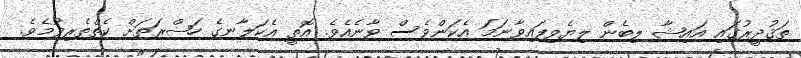
ތަޤުދީރުގައި އައިޝާ ލިބެން ލިޔެވިފައިވާނަމަ އެކަންވެސް ވާނެއެވެ. އޮތީ އެކަލާނގެ ހަޟްރަތަށް ކެތްތެރިވުމެެވެ.